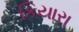
કિયારા